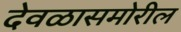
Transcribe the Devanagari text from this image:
देवळासमोरील